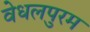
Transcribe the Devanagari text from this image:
वेधलपुरम